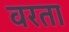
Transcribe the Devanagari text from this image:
वरता